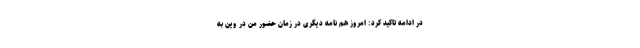
در ادامه تاکید کرد: امروز هم نامه دیگری در زمان حضور من در وین به